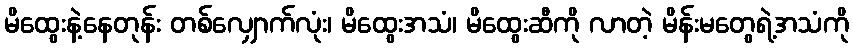
မိထွေးနဲ့နေတုန်း တစ်လျှောက်လုံး၊ မိထွေးအသံ၊ မိထွေးဆီကို လာတဲ့ မိန်းမတွေရဲ့အသံကို